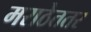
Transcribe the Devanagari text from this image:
मराठेततर